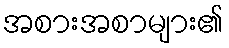
အစားအစာများ၏